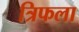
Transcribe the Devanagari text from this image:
त्रिफला